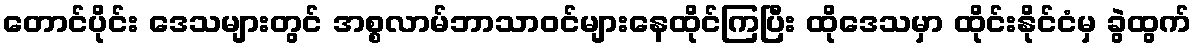
တောင်ပိုင်း ဒေသများတွင် အစ္စလာမ်ဘာသာဝင်များနေထိုင်ကြပြီး ထိုဒေသမှာ ထိုင်းနိုင်ငံမှ ခွဲထွက်